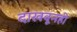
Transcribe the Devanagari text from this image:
दाखवूनही